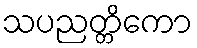
သပညတ္တိကော